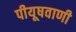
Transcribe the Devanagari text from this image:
पीयूषवाणी